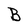
Character: B